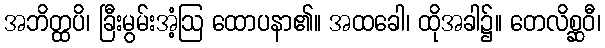
အဘိတ္ထပိ၊ ခြီးမွမ်းအံ့ဩ ထောပနာ၏။ အထခေါ၊ ထိုအခါ၌။ တေလိစ္ဆဝီ၊